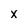
Character: x